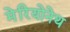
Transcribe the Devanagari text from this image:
मेरियोनेथ